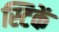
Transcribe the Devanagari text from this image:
स्टिकें